Annual report on the lock hospitals of the Madras Presidency
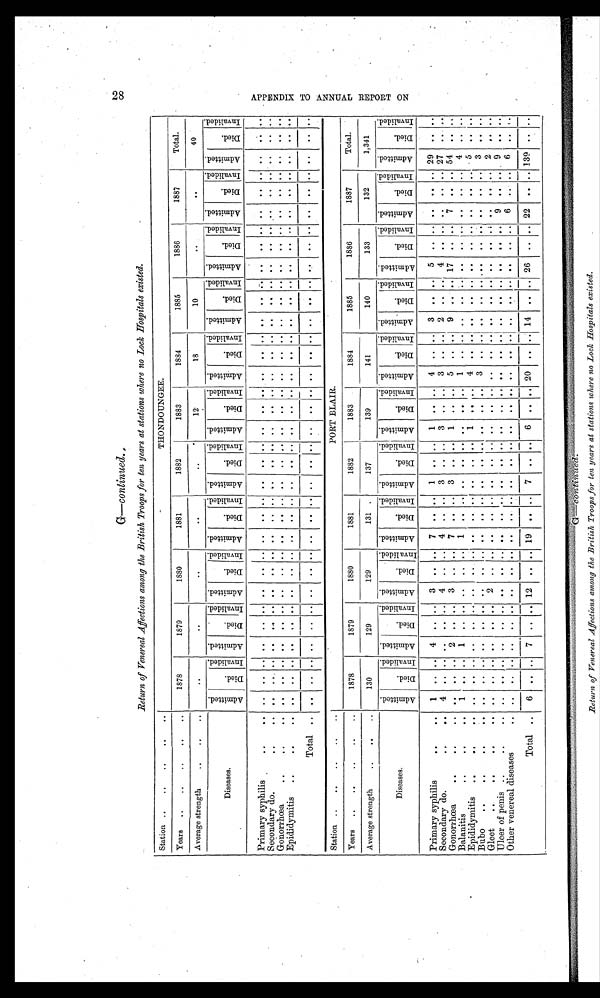
G—continued.
Return of Venereal Affections among the British Troops for ten years at stations where no Lock Hospitals existed.
Station ..
..
..
. .
..
THONDOUNGEE.
Years
..
..
..
..
..
1878
1879
1880
1881
1882
1883
1884
1885
1886
1887
Total.
Average strength
..
..
..
. .
. .
. .
. .
. .
12
18
10
..
. .
40
Diseases
.
A d m i t t e d .
D i e d .
I n v a l i d e d .
A d m i t t e d .
D i e d
.
I n v a l i d e d .
A d m i t t e d .
D i e d .
I n v a l i d e d .
A d m i t t e d .
D i e d .
I n v a l i d e d .
A d m i t t e d .
D i e d .
I nval i ded.
A d m i t t e d .
D i e d .
I n v a l i d e d .
A d m i t t e d .
Died.
I n v a l i d e d .
A d m i t t e d .
D i e d .
I n v a l i d e d
. A d m i t t e d.
D i e d .
I nval i ded.
A d m i t t e d .
D i e d .
I n v a l i d e d . A d m i t t e d .
D i e d
.
I n v a l i d e d .
Primary syphilis
. .
. .
. .
. .
. .
. .
. .
. .
. .
. .
. .
. .
. .
. .
. .
. .
..
. .
. .
..
. .
..
. .
. .
. .
. .
. .
. .
..
. .
..
. .
. .
. .
. .
S econdary do.
..
..
. .
. .
. .
. .
..
. .
. .
. .
. .
. .
.
. .
. .
. .
..
. .
. .
..
. .
..
. .
. .
. .
. .
. .
. .
..
. .
..
. .
. .
. .
. .
Gonorrhœa
..
..
..
. .
..
. .
. .
. .
. .
. .
. .
. .
. .
. .
. .
. .
..
. .
..
..
..
..
..
..
. .
..
..
..
..
..
. .
..
. .
..
..
Epidid ymitis
..
..
..
. .
. .
. .
. .
..
. . ..
. .
. .
. .
. .
. .
. .
. . ..
. .
. . ..
. .
..
. .
. .
. .
. .
. .
. . .. ..
..
. . . .
. .
. .
Total .. ..
. .
. .
. .
. .
. .
. .
. .
. .
. .
. .
. .
. .
. .
..
. .
. .
..
. .
..
. .
. .
. .
. .
. .
. . ..
. . ..
. .
. .
. .
. .
Station ..
..
..
..
..
PORT BLAIR.
Years
..
..
..
..
..
1878
1879
1880
1881
1882
1883
1884
1885
1886
1887
Total.
Average strength
..
..
..
130
129
129
131
137
139
141
140
133
132
1,341
Diseases .
A d m i t t e d .
D i e d .
I n v a l i d e d . A d m i t t e d .
D i e d .
I n v a l i d e d .
A d m i t t e d .
D i e d .
I n v a l i d e d .
A d m i t t e d .
D i e d .
I n v a l i d e d .
A d m i t t e d .
D i e d .
I nval i ded.
A d m i t t e d .
D i e d .
I nval i ded.
A d m i t t e d .
Di e d .
I n v a l i d e d .
A d m i t t e d .
D i e d .
I n v a l i d e d .
A d m i t t e d .
D i e d .
I nval i ded. A d m i t t e d .
D i e d .
I n v a l i d e d .
A d m i t t e d .
D i e d .
I n v a l i d e d .
Primary syphilis
..
..
1
. . ..
4
. .
. . 3
. . . . 7
. .
. .
1
. .
..
1
. .
..
4
..
. . 3
. .
. . 5
. . ..
. . ..
. . 29
..
..
Secondary do.
. . ..
4
. .
. . ..
. .
. . 4
..
. . 4
.. ..
3
.. ..
3
.. ..
3
. . 2
.. ..
4
. . ..
..
..
. . 27
. .
. .
Gonorrhœa
..
.. ..
. .
. .
. . 2
. . ..
3
. .
. . 7
. .
. . 3
. . ..
1
. . ..
5
..
. . 9
. .
. . 17
. . ..
7
..
. . 54
. .
. .
Balanitis..
..
..
1
. .
. . 1
. .
. .
. .
..
. .
1
. .
. .
. .
.. ..
. .
. . ..
1
..
. .
. .
. .
. .
. .
. .
..
..
..
. . 4
.. ..
Epidid ymitis
..
..
..
. .
. .
. .
. .
. .
. .
. .
. .
. .
. .
. .
. .
. .
. .
..
1
..
..
4
..
. . ..
. . ..
. .
. . ..
. .
.. ..
5
. .
. .
Bubo
..
.. ..
..
. .
. .
. . . .
. .
. .
. .
. .
. .
. .
. .
..
. .
. . ..
. .
. . .. 3
.. ..
. .
. .
. .
. . .
. . ..
. .
..
. .
2
. .
. .
Gleet
..
..
.. ..
. .
. .
. .
. .
. .
2
. .
. .
. .
. .
. .
. .
. .
..
. .
. .
..
. .
..
. .
. .
. .
. .
. .
..
9
..
. .
9
. .
. .
Ulcer of penis ..
..
..
. .
..
. .
. .
. .
. .
. .
. .
. .
. .
. .
. .
. .
. .
..
. .
. .
..
. .
..
. .
. .
. .
. .
. .
. . ..
. .
..
. .
. .
. . ..
Other venereal diseases
..
. .
. .
. .
. .
. .
. .
. .
. .
. .
. .
. .
. .
. .
. . ..
. .
. .
..
. .
..
. .
. .
. .
. .
. .
. .
..
6
..
. . 6 ..
. .
Total ..
6 .. ..
7
. .
. . 12
. .
. . 19
. . ..
7
. . ..
6
. . .. 20
..
. . 14
. .
. . 26
. . ..
22
..
. . 139
. .
. .
28
A P P E N D I X T O A N N U A L R E P O R T O N